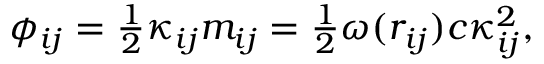
\begin{array} { r } { \phi _ { i j } = \frac 1 2 \kappa _ { i j } m _ { i j } = \frac 1 2 \omega ( r _ { i j } ) c \kappa _ { i j } ^ { 2 } , } \end{array}